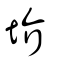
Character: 圿